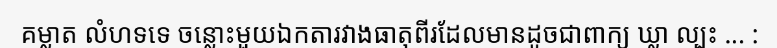
គម្លាត លំហទទេ ចន្លោះមួយឯកតារវាងធាតុពីរដែលមានដូចជាពាក្យ ឃ្លា ល្បះ ... :